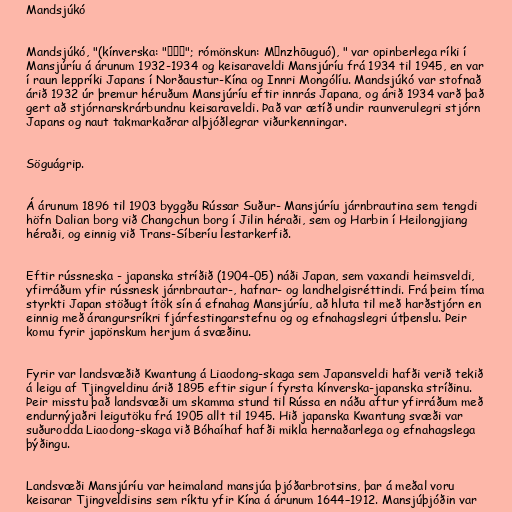
Mandsjúkó

Mandsjúkó, "(kínverska: "滿洲國"; rómönskun: Mǎnzhōuguó), " var opinberlega ríki í
Mansjúríu á árunum 1932-1934 og keisaraveldi Mansjúríu frá 1934 til 1945, en var
í raun leppríki Japans í Norðaustur-Kína og Innri Mongólíu. Mandsjúkó var stofnað
árið 1932 úr þremur héruðum Mansjúríu eftir innrás Japana, og árið 1934 varð það
gert að stjórnarskrárbundnu keisaraveldi. Það var ætíð undir raunverulegri stjórn
Japans og naut takmarkaðrar alþjóðlegrar viðurkenningar.

Söguágrip.

Á árunum 1896 til 1903 byggðu Rússar Suður- Mansjúríu járnbrautina sem tengdi
höfn Dalian borg við Changchun borg í Jilin héraði, sem og Harbin í Heilongjiang
héraði, og einnig við Trans-Síberíu lestarkerfið.

Eftir rússneska - japanska stríðið (1904–05) náði Japan, sem vaxandi heimsveldi,
yfirráðum yfir rússnesk járnbrautar-, hafnar- og landhelgisréttindi. Frá þeim tíma
styrkti Japan stöðugt ítök sín á efnahag Mansjúríu, að hluta til með harðstjórn en
einnig með árangursríkri fjárfestingarstefnu og og efnahagslegri útþenslu. Þeir
komu fyrir japönskum herjum á svæðinu.

Fyrir var landsvæðið Kwantung á Liaodong-skaga sem Japansveldi hafði verið tekið
á leigu af Tjingveldinu árið 1895 eftir sigur í fyrsta kínverska-japanska stríðinu.
Þeir misstu það landsvæði um skamma stund til Rússa en náðu aftur yfirráðum með
endurnýjaðri leigutöku frá 1905 allt til 1945. Hið japanska Kwantung svæði var
suðurodda Liaodong-skaga við Bóhaíhaf hafði mikla hernaðarlega og efnahagslega
þýðingu.

Landsvæði Mansjúríu var heimaland mansjúa þjóðarbrotsins, þar á meðal voru
keisarar Tjingveldisins sem ríktu yfir Kína á árunum 1644–1912. Mansjúþjóðin var